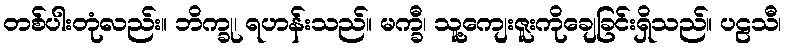
တစ်ပါးတုံလည်း။ ဘိက္ခု၊ ရဟန်းသည်။ မက္ခီ၊ သူ့ကျေးဇူးကိုချေခြင်းရှိသည်။ ပဠသီ၊